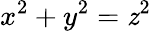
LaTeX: x^{2}+y^{2}=\mathit{z}^{2}